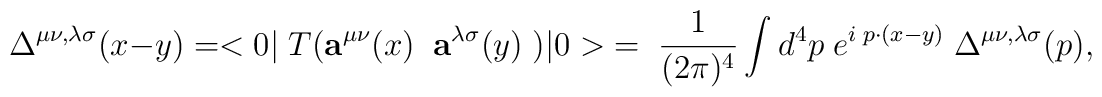
\Delta^{\mu\nu,\lambda\sigma}(x -y)=<0|\;T({\bf a}^{\mu\nu}(x)\;\;{\bf a}^{\lambda\sigma}(y)\;)|0>\;=\;\frac{1}{(2\pi)^4}\int d^4p\;e^{i\;p\cdot(x-y)}\;\Delta^{\mu\nu,\lambda\sigma}(p),